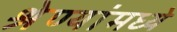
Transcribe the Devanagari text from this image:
श्रेण्यांमध्ये